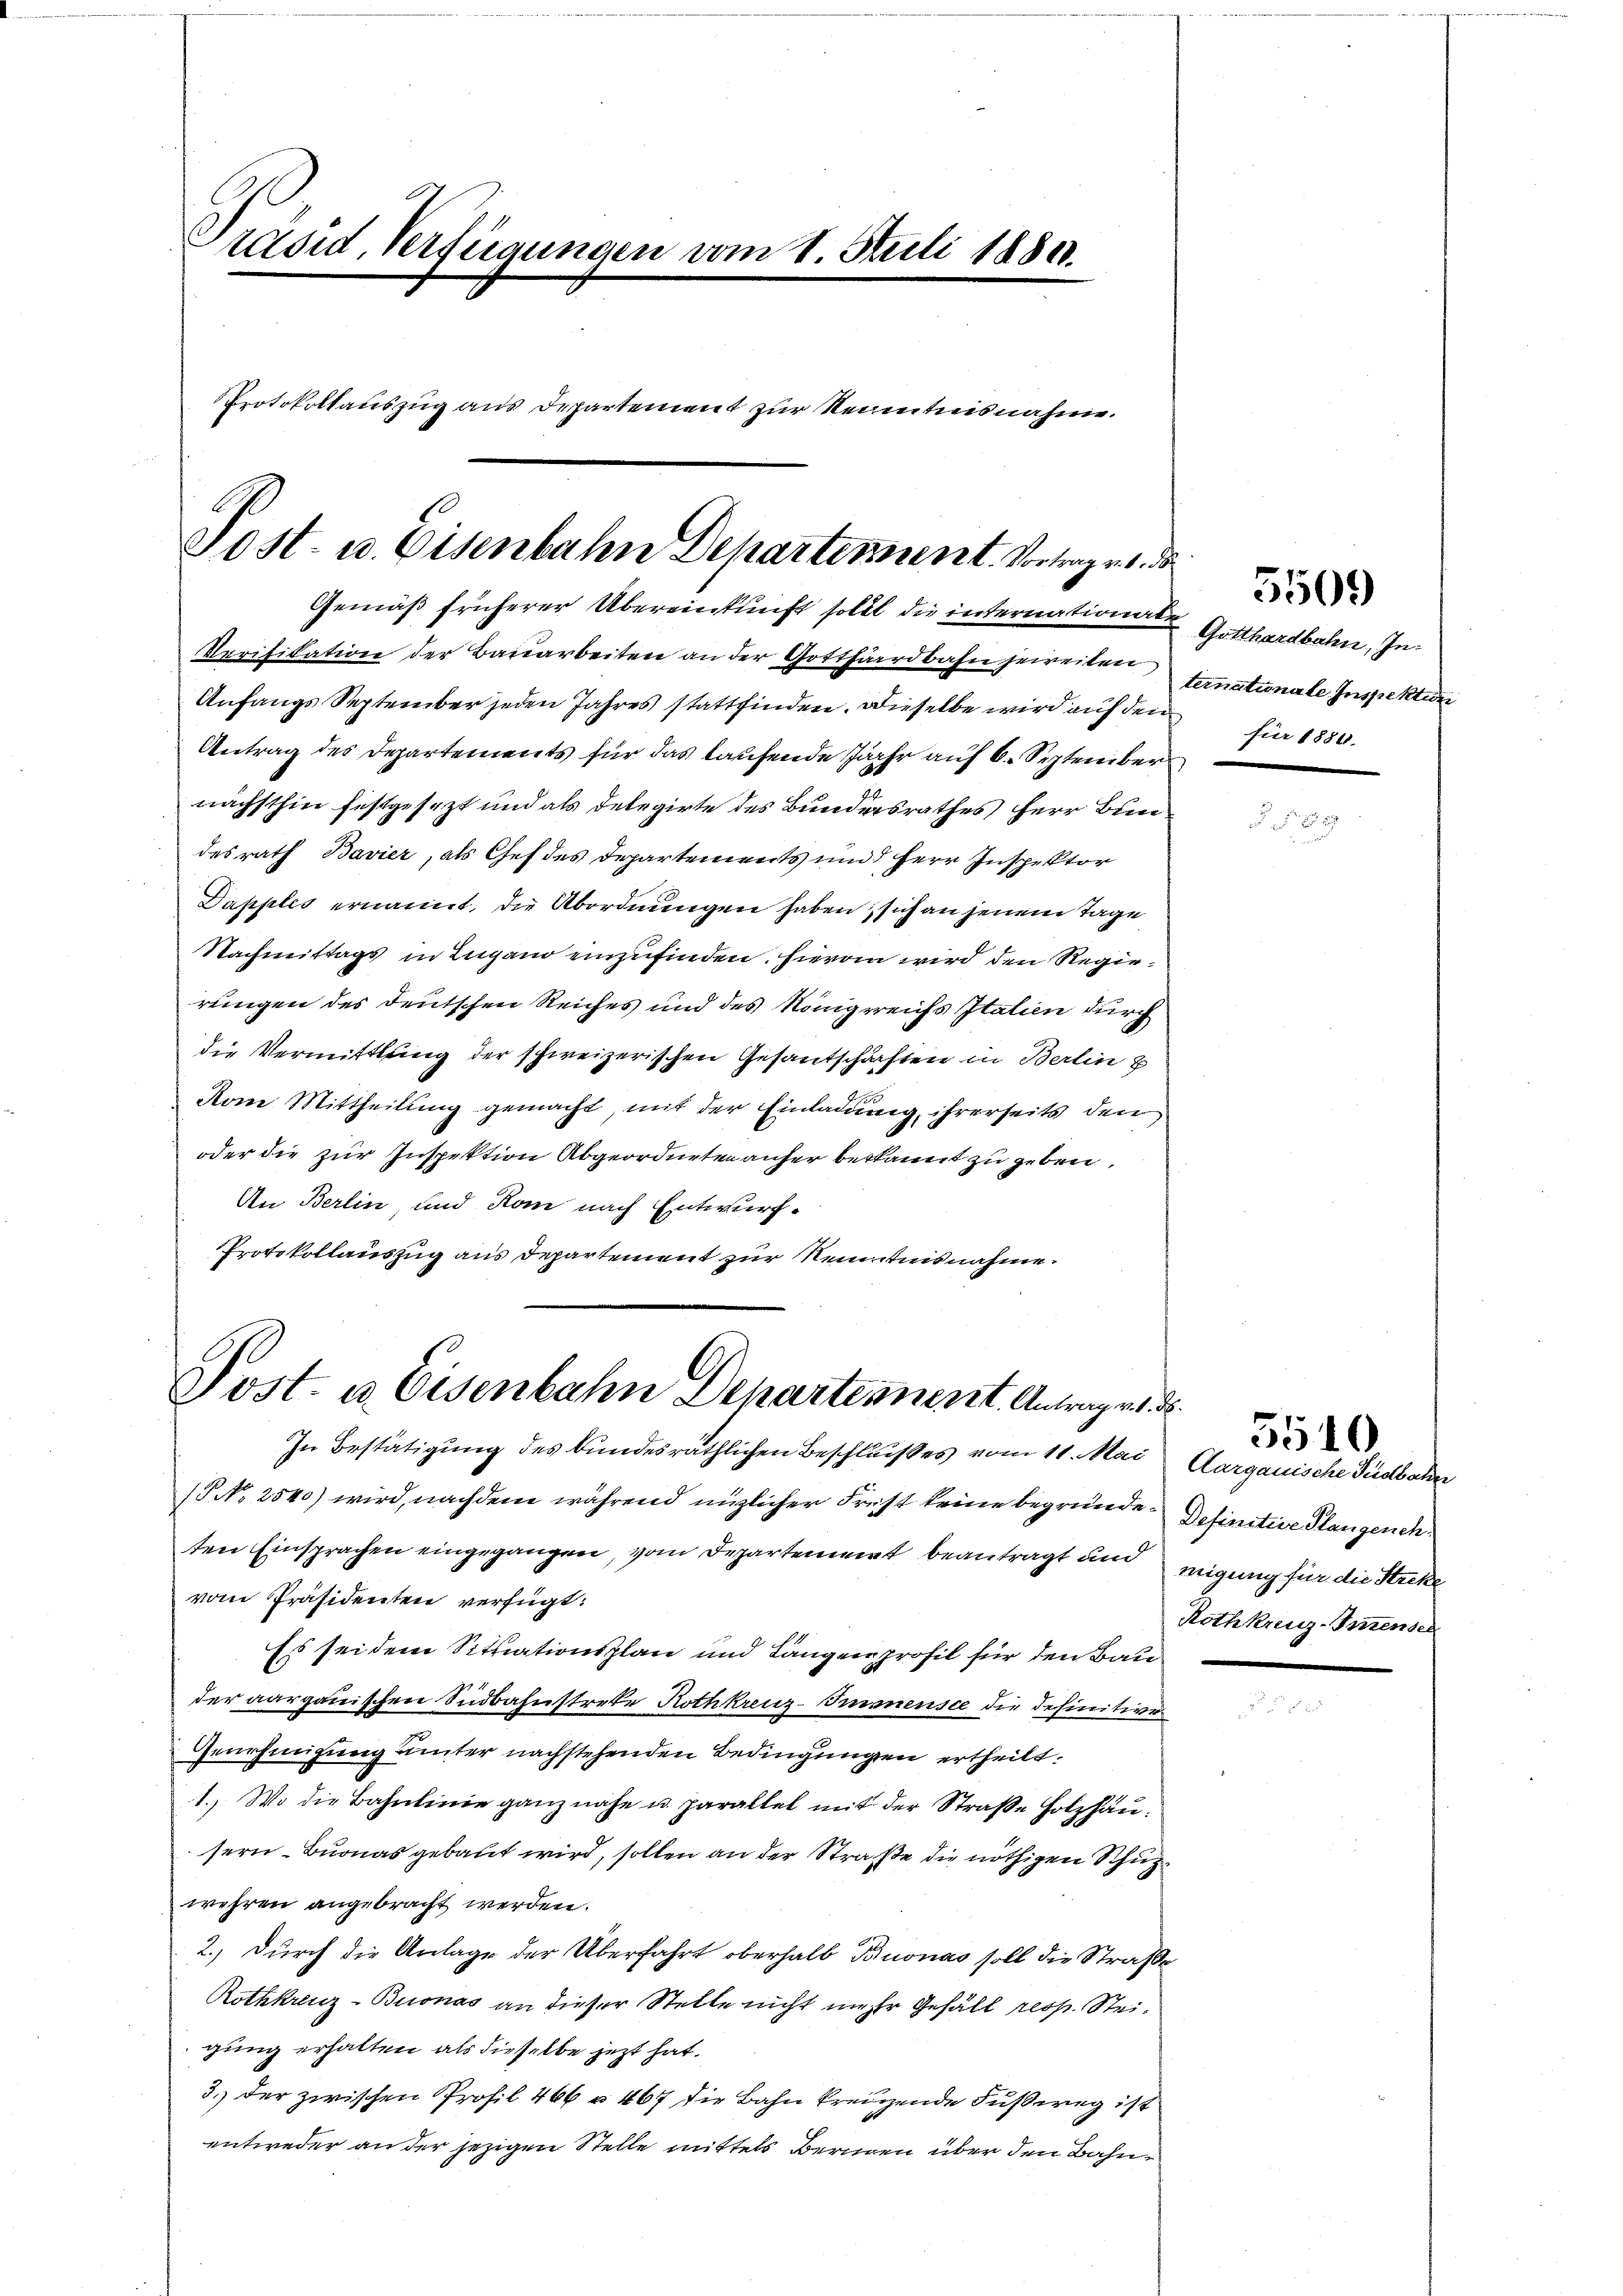
Präsid, Verfügungen vom 1. Juli 18800.
Protokollauszug aus Departement zur Kenntnisnahme.
Post- u. Eisenbahn Departement. Vortragen d

Gemäß früherer Übereinkunft sollt die internationaten Gotthardbahn, In¬

Verifikation der Baŭarbeiten an der Gotthardbahn jeweiten tinationale Inspektion
Anfangs September jeden Jahres stattfinden. Dieselbe wird auf den
Antrag des Departements für das laufende Jahr auf 6. September
nächsthin festgesezt und als Delegirte des Bundersrathes Herr Bundesrath Bavier, als Chef des Departements und Herr Inspektor
Dapples ernannt, die Abordnungen haben, sich an jenem Tage
Nachmittags in Lugano einzufinden. Hievon wird den Regierungen des deutschen Reiches und des Königreichs Italien durch
die Vermittlung der schweizerischen Gesantschärften in Berlin z
Kom Mittheilung gemacht, mit der Einladung ihrerseits den
oder die zur Inspektion Abgeordneten aufer bekannt zu geben,
An Berlin, und Rom nach Entwurf¬
Protokollauszug aus Departement zur Kenntnisnahme.

Post. u. Eisenbahn Departement Antragen
In Bestätigung des bundesräthlichen Beschlußes vom 11. Mai Aargauische Südbahn

(NNo. 2540) wird, nachdem während möglicher Frest keine begründe Definitive Plangenehten Einsprachen eingegangen, vom Departement beantragt und wigung für die Streke
vom Präsidenten verfügt:
Es sei dem Situationsplan und Längenprofil für den Bau
der aargauischen Südbahnstrete Rothkreuz-Imanensee die definitive
Genehmigung unter nachstehenden Bedingungen ertheilt.
1.) Wo die Bahnlinie ganz nahe u. parallel mit der Straße Holzhausern Buonas gebaut wird, sollen an der Straße die nöthigen Schup
wehren angebracht werden.
2.) Durch die Anlage der Überfahrt oberhalb Buonas soll die Straße
Rothkreuz-Buonas an dieser Stelle nicht mehr Gefäll resp. Steigung erhalten als dieselbe jetzt hat.
3.) der zwischen Profil 466 u. 467 die Bahn kreuzende Fußweg ist
entweder an der jezigen Stelle mittels Bernen über den Bahn¬

.
für 1884.

5509

Rothkreuz-Imenser

5510